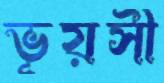
ভূয়সী